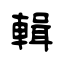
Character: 輯